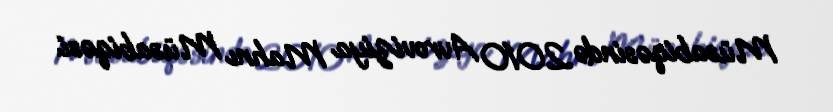
Müsabiqəsində 2010 Avroviziya Mahnı Müsabiqəsi.